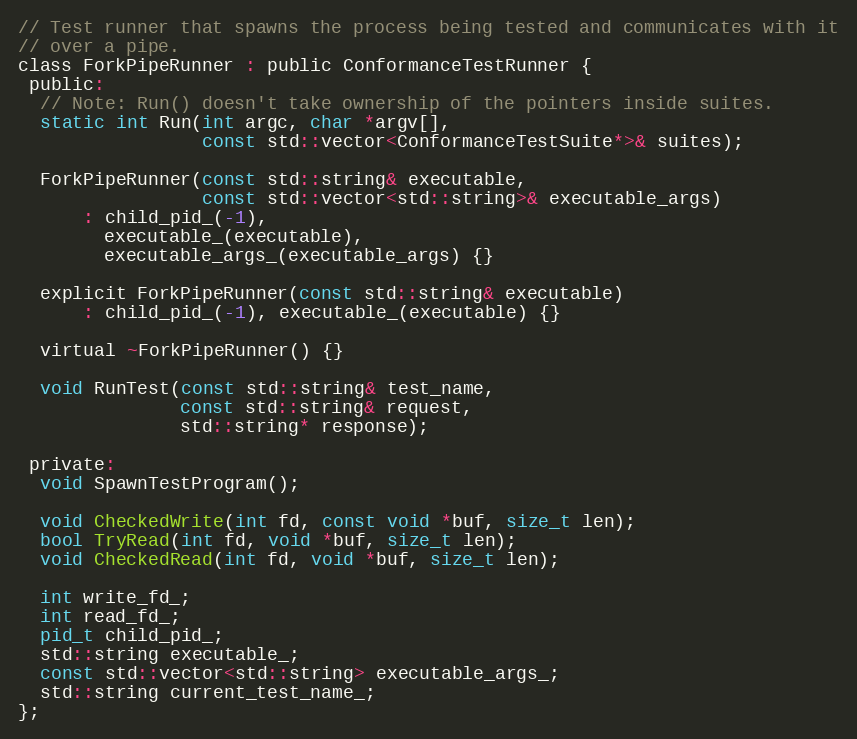
Language: C
// Test runner that spawns the process being tested and communicates with it
// over a pipe.
class ForkPipeRunner : public ConformanceTestRunner {
 public:
  // Note: Run() doesn't take ownership of the pointers inside suites.
  static int Run(int argc, char *argv[],
                 const std::vector<ConformanceTestSuite*>& suites);

  ForkPipeRunner(const std::string& executable,
                 const std::vector<std::string>& executable_args)
      : child_pid_(-1),
        executable_(executable),
        executable_args_(executable_args) {}

  explicit ForkPipeRunner(const std::string& executable)
      : child_pid_(-1), executable_(executable) {}

  virtual ~ForkPipeRunner() {}

  void RunTest(const std::string& test_name,
               const std::string& request,
               std::string* response);

 private:
  void SpawnTestProgram();

  void CheckedWrite(int fd, const void *buf, size_t len);
  bool TryRead(int fd, void *buf, size_t len);
  void CheckedRead(int fd, void *buf, size_t len);

  int write_fd_;
  int read_fd_;
  pid_t child_pid_;
  std::string executable_;
  const std::vector<std::string> executable_args_;
  std::string current_test_name_;
};